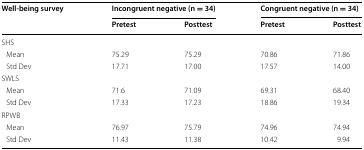
| <ROWSPAN=2> Well-being survey | <COLSPAN=2> Incongruent negative (n = 34) | <COLSPAN=2> Congruent negative (n = 34) |
 | Pretest | Posttest | Pretest | Posttest |
 | --- | --- | --- | --- | --- |
 | <COLSPAN=5> SHS |
 | Mean | 75.29 | 75.29 | 70.86 | 71.86 |
 | Std Dev | 17.71 | 17.00 | 17.57 | 14.00 |
 | <COLSPAN=5> SWLS |
 | Mean | 71.6 | 71.09 | 69.31 | 68.40 |
 | Std Dev | 17.33 | 17.23 | 18.86 | 19.34 |
 | <COLSPAN=5> RPWB |
 | Mean | 76.97 | 75.79 | 74.96 | 74.94 |
 | Std Dev | 11.43 | 11.38 | 10.42 | 9.94 |